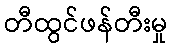
တီထွင်ဖန်တီးမှု